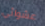
عشوائي